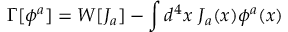
\Gamma [ \phi ^ { a } ] = W [ J _ { a } ] - \int d ^ { 4 } x ~ J _ { a } ( x ) \phi ^ { a } ( x )